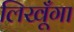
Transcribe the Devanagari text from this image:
लिखूँगा